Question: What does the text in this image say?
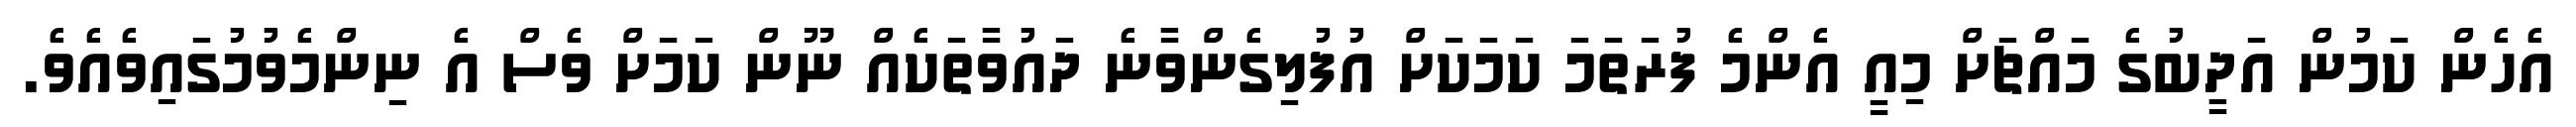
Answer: އެހެން ކަމުން އަދީބުގެ މައްޗަށް މިއީ އެންމެ ފުރަތަމަ ކަމަކަށް އުފުލިގެންވާނެ ދައުވާތަކެއް ނޫން ކަމަށް ވެސް އެ ނިންމެވުމުގައިވެއެވެ.